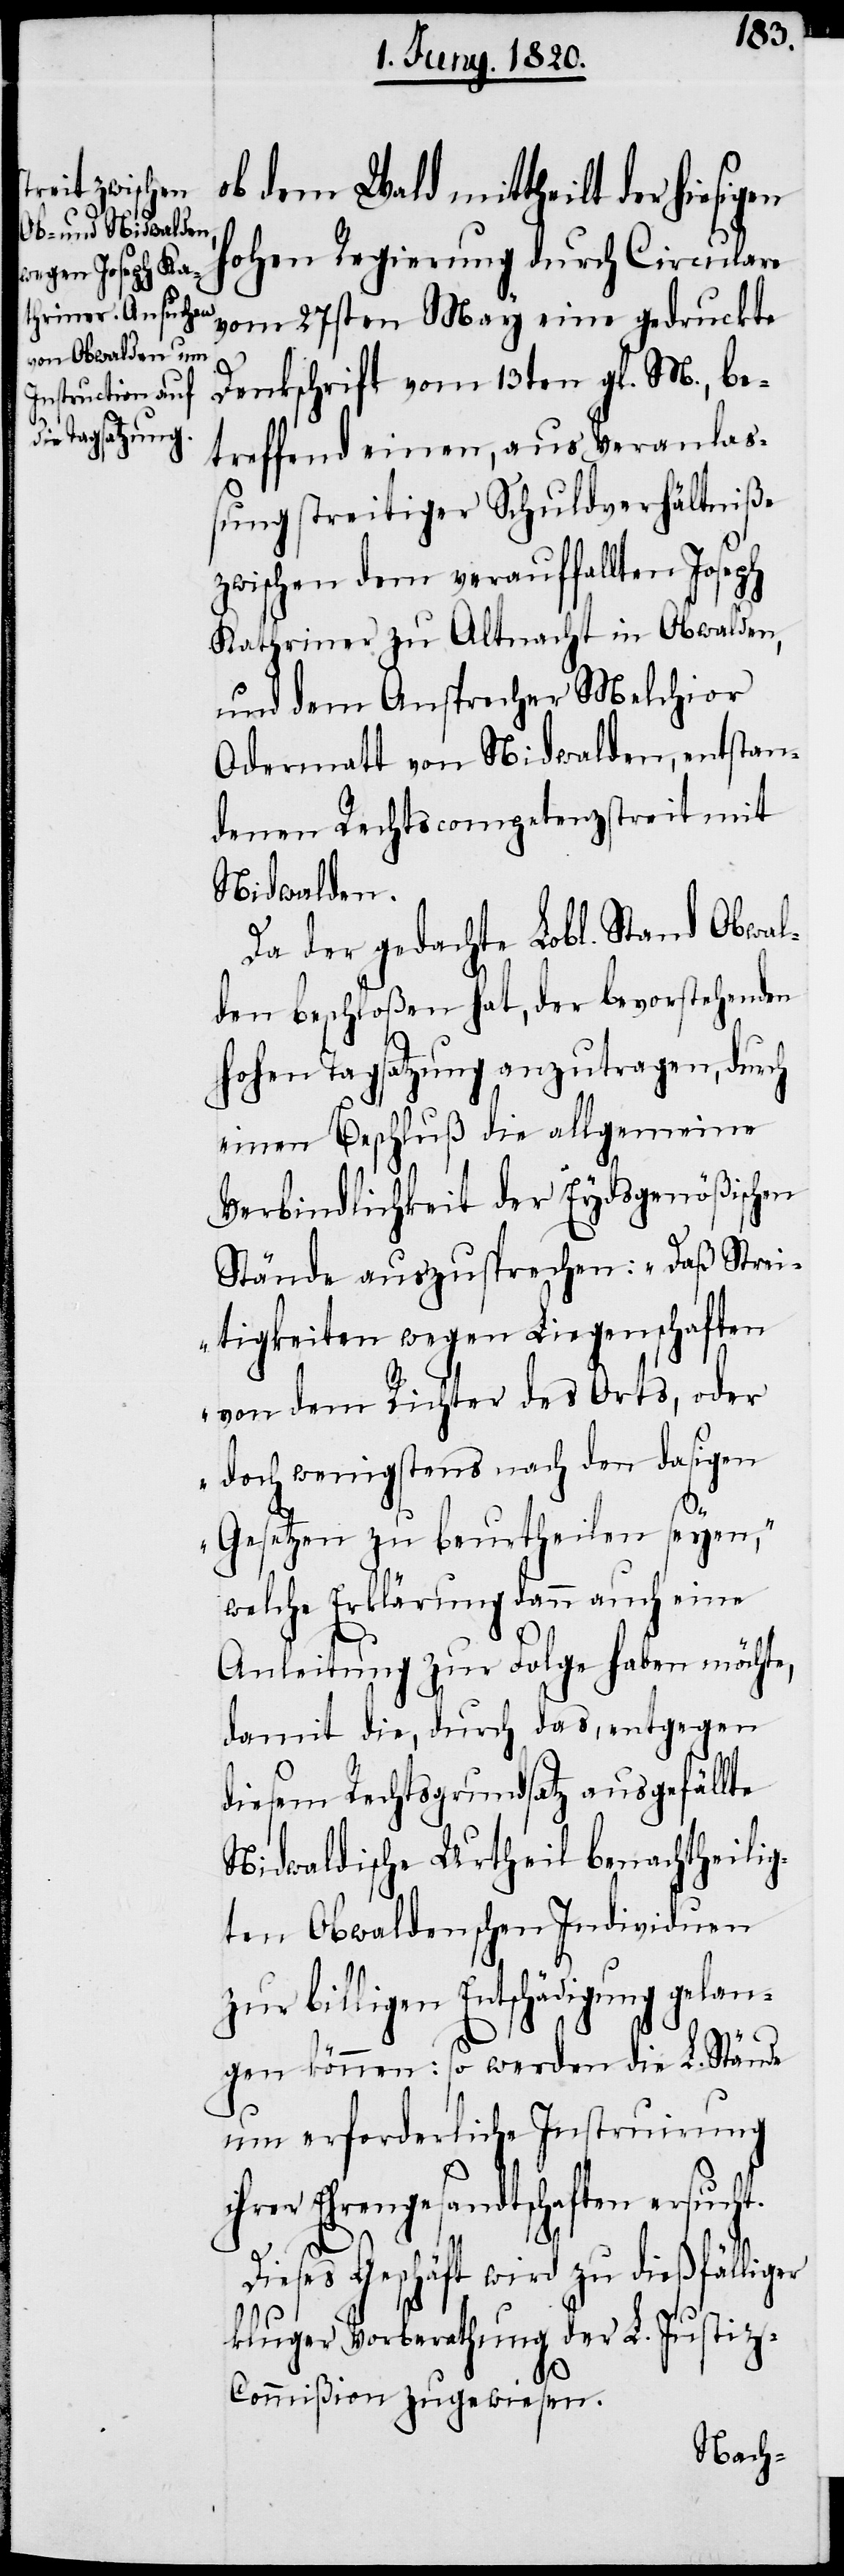
ob dem Wald mittheilt der hiesigen
hohen Regierung durch Circulare
vom 27sten May eine gedruckte
Denkschrift vom 13ten gl. M., be¬
treffend einen, aus Veranlas¬
sung streitiger Schuldverhältniße
zwischen dem verauffallten Joseph
Kathriner zu Altnacht in Obwalden,
und dem Ansprecher Melchior
Odermatt von Nidwalden, entstan¬
denen Rechtscompetenzstreit mit
Nidwalden.
Da der gedachte Lobl. Stand Obwal¬
den beschloßen hat, der bevorstehenden
hohen Tagsatzung anzutragen, durch
einen Beschluß die allgemeine
Verbindlichkeit der Eydsgenößischen
Stände auszusprechen: „Daß Strei¬
tigkeiten wegen Liegenschaften
von dem Richter des Orts, oder
doch wenigstens nach den dasigen
Gesetzen zu beurtheilen seyen“,
welche Erklärung dann auch eine
Anleitung zur Folge haben möchte,
damit die, durch das, entgegen
diesem Rechtsgrundsatz ausgefällte
Nidwaldische Urtheil benachtheilig¬
ten Obwaldenschen Individuen
zur billigen Entschädigung gelan¬
gen könne: so werden die L. Stände
um erforderliche Instruirung
ihrer Ehrengesandtschaften ersuch¬
ger
Geschäft wird zu dießfäll¬
kluger Vorberathung der L. Justiz-C¬
ommißion zugewiesen.